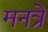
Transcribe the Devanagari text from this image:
मनत्रे